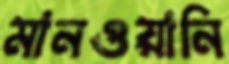
মানওয়ানি